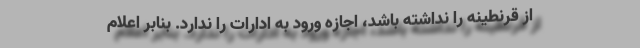
از قرنطینه را نداشته باشد، اجازه ورود به ادارات را ندارد. بنابر اعلام